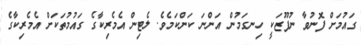
ގައުމަށް ފޮނުވާ ނުފޫޒަކީ ހިނގަމުން އަންނަ ކަންކަމެވެ. ލެޓިން އެމެރިކާގެ ގައުމުތަކަށް އެމެރިކާގެ